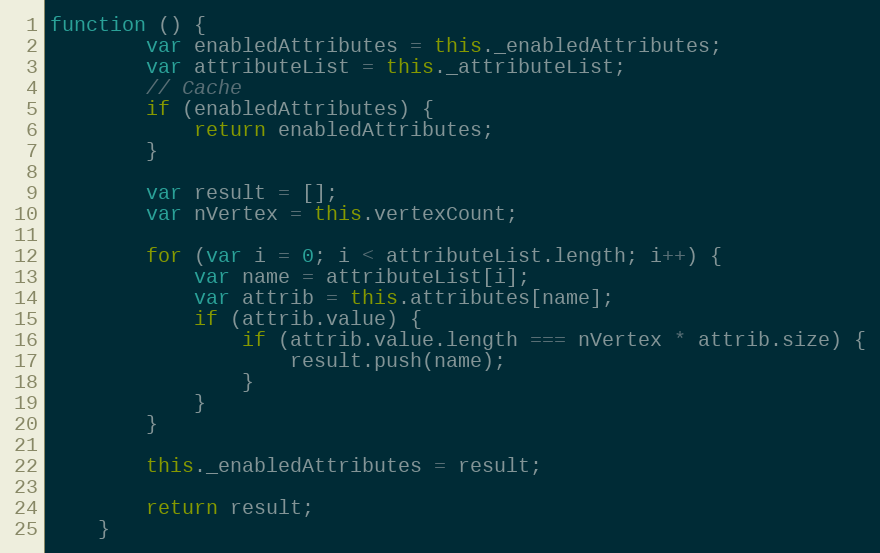
Language: JavaScript
function () {
        var enabledAttributes = this._enabledAttributes;
        var attributeList = this._attributeList;
        // Cache
        if (enabledAttributes) {
            return enabledAttributes;
        }

        var result = [];
        var nVertex = this.vertexCount;

        for (var i = 0; i < attributeList.length; i++) {
            var name = attributeList[i];
            var attrib = this.attributes[name];
            if (attrib.value) {
                if (attrib.value.length === nVertex * attrib.size) {
                    result.push(name);
                }
            }
        }

        this._enabledAttributes = result;

        return result;
    }